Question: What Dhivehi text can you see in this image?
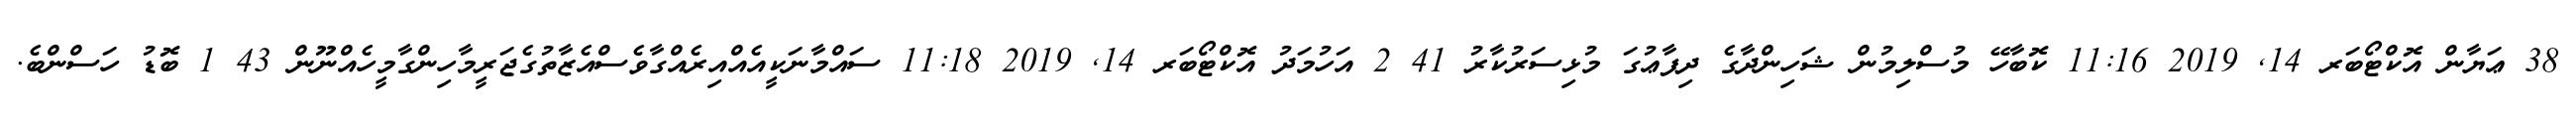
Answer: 38 ޢަޔާން އޮކްޓޯބަރ 14, 2019 11:16 ކޮބާހޭ މުސްލިމުން ޝަހިންދާގެ ދިފާޢުގަ މުޅިސަރުކާރު 41 2 އަހުމަދު އޮކްޓޯބަރ 14, 2019 11:18 ސައްމާނަކީއެއްއިރެއްގާވެސްއެޒާތުގެޖަރީމާހިންގާމީހެއްނޫން 43 1 ބޮޑު ހަސްންބެ.